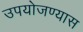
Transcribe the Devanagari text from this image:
उपयोजण्यास